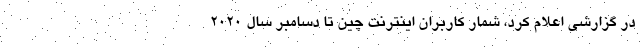
در گزارشی اعلام کرد، شمار کاربران اینترنت چین تا دسامبر سال ۲۰۲۰